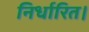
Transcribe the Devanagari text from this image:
निर्धारित।